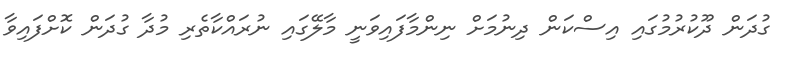
ގުދަން ދޫކުރުމުގައި އިސްކަން ދިނުމަށް ނިންމާފައިވަނީ މާލޭގައި ނުރައްކާތެރި މުދާ ގުދަން ކޮށްފައިވާ